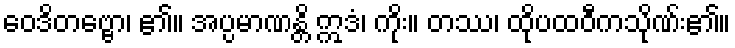
ဝေဒိတဗ္ဗော၊ ၏။ အပ္ပမာဏန္တိ ဣဒံ၊ ကိုး။ တဿ၊ ထိုပထဝီကသိုဏ်း၏။